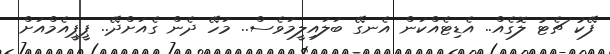
ފޭކު ޗެޓު ލޮގެއް.. އެޑިޓެއްކަން އެނގޭ ބަލައިލީމަވެސް.. މަހޭ ދެން ގެއަށްދޭ.. ޕީޕީއެމްއަށް